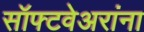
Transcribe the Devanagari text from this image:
सॉफ्टवेअरांना